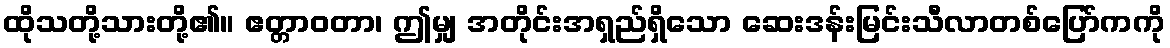
ထိုသတို့သားတို့၏။ ဧတ္တာဝတာ၊ ဤမျှ အတိုင်းအရှည်ရှိသော ဆေးဒန်းမြင်းသီလာတစ်ပြော်ကကို